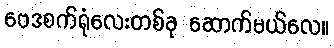
ဗေဒစက်ရုံလေးတစ်ခု ဆောက်မယ်လေ။